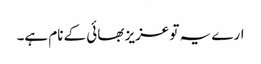
ارے یہ تو عزیز بھائی کے نام ہے۔